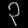
Digit: ၃